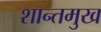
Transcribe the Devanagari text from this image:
शान्तमुख